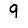
Digit: 9